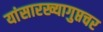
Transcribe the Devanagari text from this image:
यांसारख्यागुप्तचर